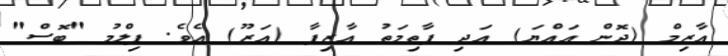
އާޒިމް (ދޮން އައްޔަ) އަދި ފާތިމަތު އާޒިފާ (އަޒޫ) އެވެ. ފިލްމު "ބޮސް"